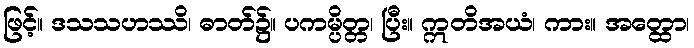
ဖြင့်။ ဒသသဟဿိ၊ ဓာတ်၌။ ပကမ္ပိတ္တ၊ ပြီး။ ဣတိအယံ၊ ကား။ အတ္ထော၊